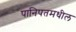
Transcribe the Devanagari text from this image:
पानिपतमधील